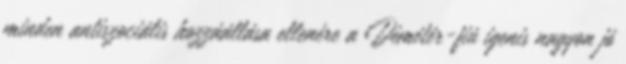
minden antiszociális hozzáállása ellenére a Démétér-fiú igenis nagyon jó